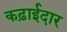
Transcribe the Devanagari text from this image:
कढ़ाईदार